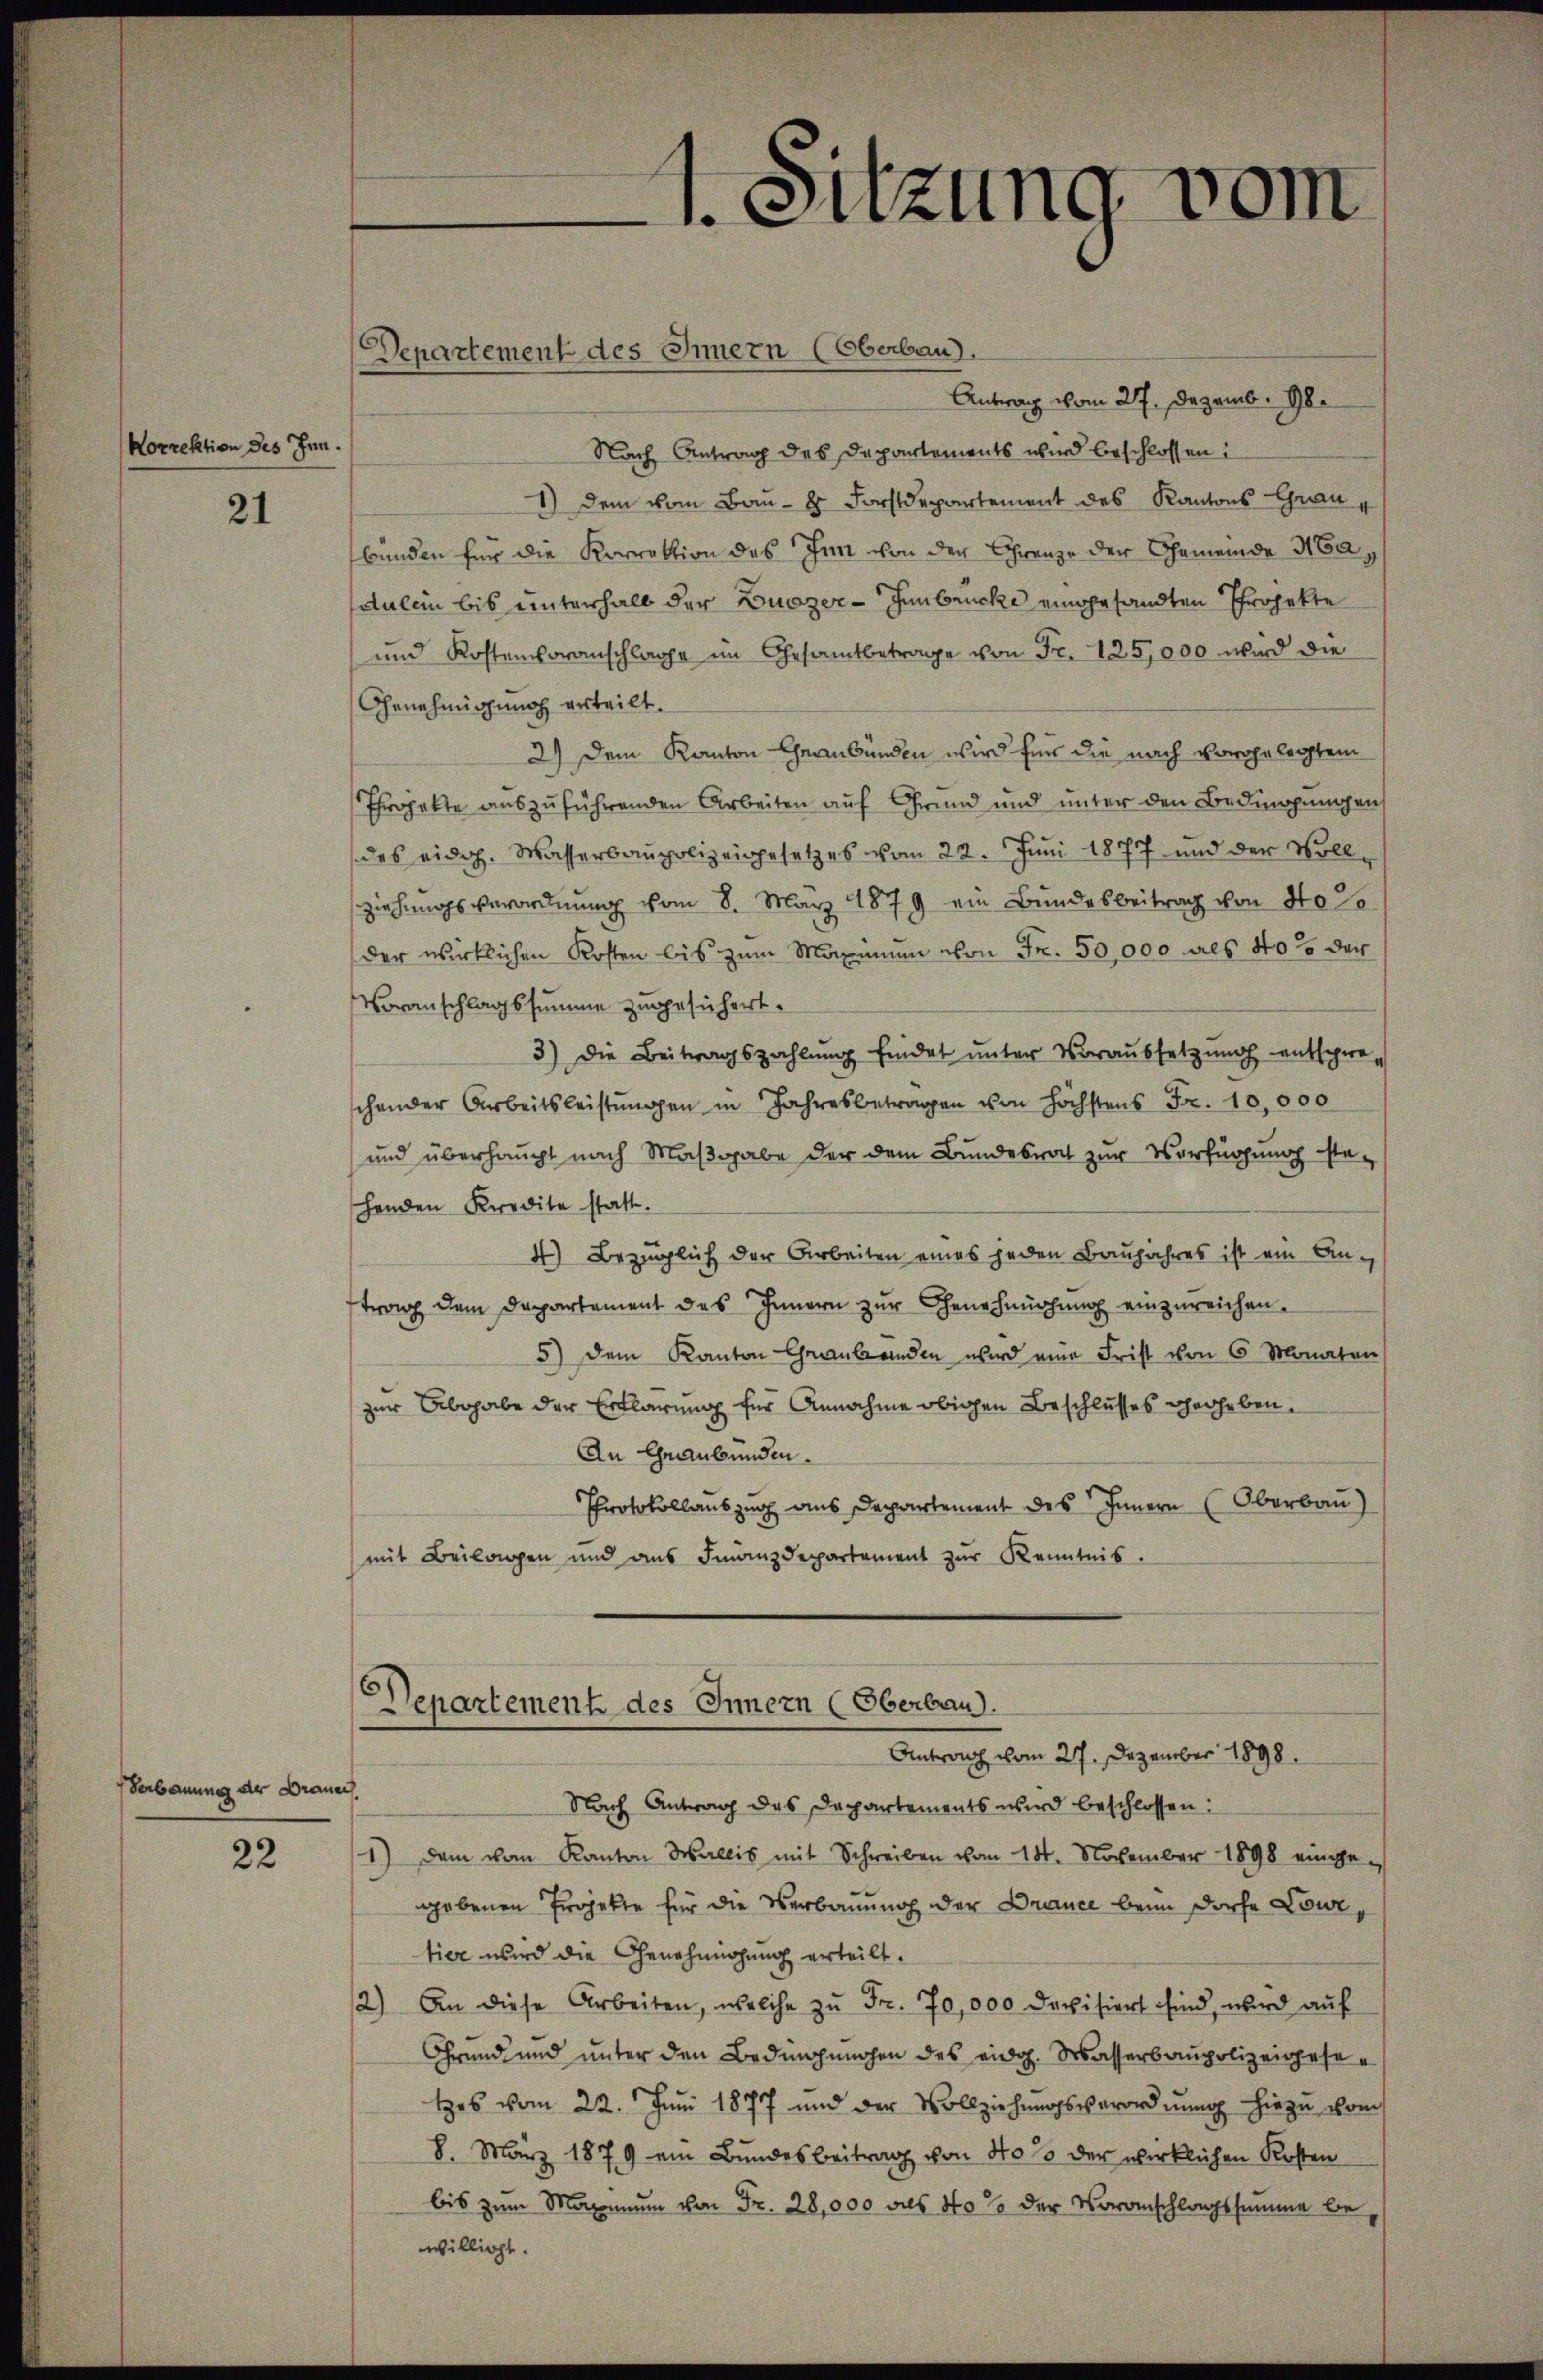
Norrektion des Inn.

21

Verbauung der Brauen

22

Departement des Innern (Oberbau).

Antrag vom 27. Dezemb. Gle
Nach Antrag des Departements wird beschlossen:
1) dem vom Bau- & Forstdepartement des Kantons Graubunden für die Korrektion des Inn von der Grenze der Gemeinde Ha
dulein bis unterhalb der Bunzer-Innbrücke eingesandten Projekte
und Kostenvoranschlage im Gesamtbetrage von Fr. 125,000 wird die
Genehmigung erteilt.
2) Dem Kanton Graubünden wird für die nach vorgelegtem
Projekte auszuführenden Arbeiten auf Grund und unter den Bedingungen
des eidg. Wasserbaupolizeigesetzes vom 22. Juni 1877 und der Vollziehungsverordnung vom 8. März 1879 ein Bundesbeitrag von No 2
der wirklichen Kosten bis zum Maximum von Fr. 50,000 als 40% der
Voranschlagssumme zugesichert.
3) Die Beitragszahlung findet unter Voraussetzung entspre
schender Arbeitsleistŭngen in Jahresbetragen von höchstens Fr. 10,000
und überhaupt nach Maßgabe der dem Bundesrat zur Verfügung ste-
henden Kredite statt.
4) Bezüglich der Arbeiten eines jeden Baŭjahres ist ein Antrag dem Departement des Innern zur Genehmigung einzureichen.
5) dem Kanton Graubünden wird eine Frist von 6 Monaten
zur Abgabe der Erklärung für Annahme obigen Beschlusses verheben.
An Graubünden.
Protokollauszug aus Departement des Innern (Oberbau)
mit Beilagen und aus Finanzdepartement zŭr Kenntnis.

1. Sitzung vom

Departement des Innern (Oberbau
Antrag vom 27. Dezember 1898.

Nach Antrag des Departements wird beschlossen:
1.) Dem vom Kanton Wallis mit Schreiben vom 18. November 1898 eingegebenen Projekte für die Verbauung der Drance beim Dorfe Lour,
tier wird die Genehmigung erteilt.
2.) An diese Arbeiten, welche zŭ Fr. 70,000 devisiert sind, wird aŭf
Grund und unter den Bedingungen des eidg. Wasserbaupolizeigesetes vom 22. Juni 1877 und der Vollziehungsverordnung hiezu vom
8. März 1879 am Bundesbeitrag von 40% der wirklichen Kosten
bis zum Maximum von Fr. 28,000 als 40% der Voranschlagssumme bewilligt.